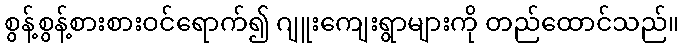
စွန့်စွန့်စားစားဝင်ရောက်၍ ဂျူးကျေးရွာများကို တည်ထောင်သည်။